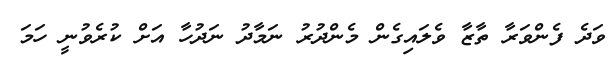
ވަދެ ފެންވަރާ ތާޒާ ވެލައިގެން މެންދުރު ނަމާދު ނަދުހާ އަށް ކުރެވުނީ ހަމަ